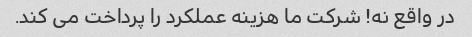
در واقع نه! شرکت ما هزینه عملکرد را پرداخت می کند.